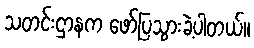
သတင်းဌာနက ဖော်ပြသွားခဲ့ပါတယ်။